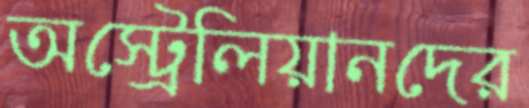
অস্ট্রেলিয়ানদের